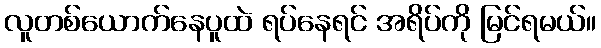
လူတစ်ယောက်နေပူထဲ ရပ်နေရင် အရိပ်ကို မြင်ရမယ်။